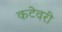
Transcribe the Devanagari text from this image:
कटेवरी